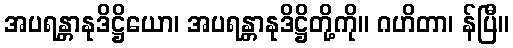
အပရန္တာနုဒိဋ္ဌိယော၊ အပရန္တာနုဒိဋ္ဌိတို့ကို။ ဂဟိတာ၊ န်ပြီ။